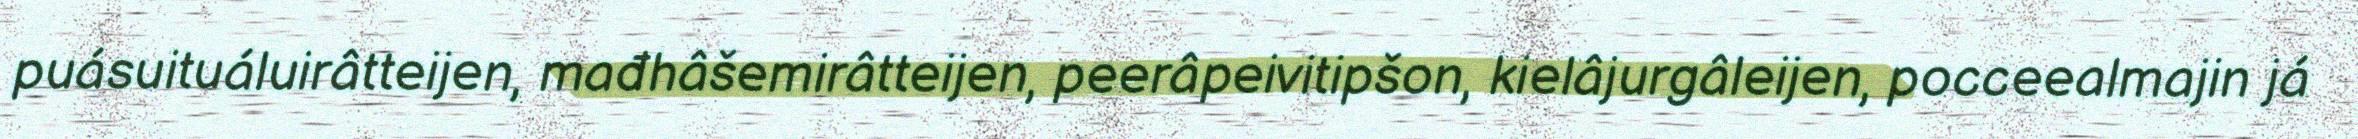
puásuituáluirâtteijen, mađhâšemirâtteijen, peerâpeivitipšon, kielâjurgâleijen, pocceealmajin já